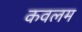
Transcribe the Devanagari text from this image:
कवलम